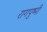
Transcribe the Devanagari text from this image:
रागपुष्पी